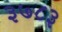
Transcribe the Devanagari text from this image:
३७८३